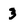
Character: 3